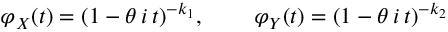
\varphi _ { X } ( t ) = ( 1 - \theta \, i \, t ) ^ { - k _ { 1 } } , \, \qquad \varphi _ { Y } ( t ) = ( 1 - \theta \, i \, t ) ^ { - k _ { 2 } }